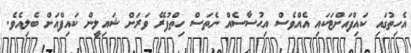
އެހިތުގައި ކައިފްއަށްޓަކައި އެއްވެސް އިޙުސާސެއް ނެތަސް ހިތްފުރޭ ވަރަށް ޝައިލީން ކައިފްއަށް ބެލިއެވެ.